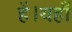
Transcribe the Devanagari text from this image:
हें।यहाँ